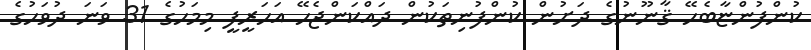
ކުންފުންޏާބެހޭ ޤާނޫނުގެ ދަށުން ކުންފުނިތަކުން ދައްކަންޖެހޭ އަހަރީފީ މިމަހުގެ 31 ވަނަ ދުވަހުގެ